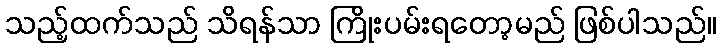
သည့်ထက်သည် သိရန်သာ ကြိုးပမ်းရတော့မည် ဖြစ်ပါသည်။